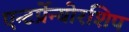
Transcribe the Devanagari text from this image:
एन्टर्प्रेन्योरशिप